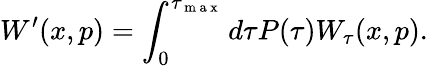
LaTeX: W^{\prime}(x,p)=\int_{0}^{\tau_{\mathrm{~m~a~x~}}}d\tau P(\tau)W_{\tau}(x,p).